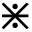
\divideontimes